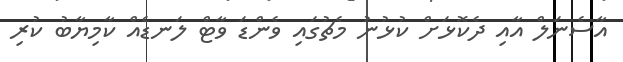
އާސެނަލް އާއި ދެކޮޅަށް ކުޅުނު މެޗުގައި ވެންޑަ ވާޓް ލަނޑެއް ކާމިޔާބު ކުރި